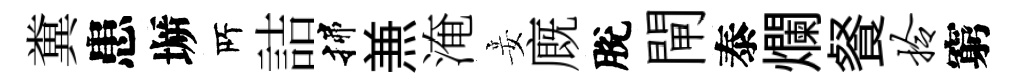
糞患󶱲𠩄詰揲𠔥淹妾廐脫閘泰爛餐拎窮